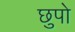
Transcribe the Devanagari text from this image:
छुपो